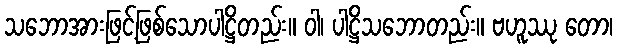
သဘောအားဖြင့်ဖြစ်သောပါဋ္ဌိတည်း။ ဝါ၊ ပါဋ္ဌိသဘောတည်း။ ဗဟူဿု တော၊